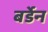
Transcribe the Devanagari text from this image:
बर्डेन